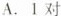
A.1对